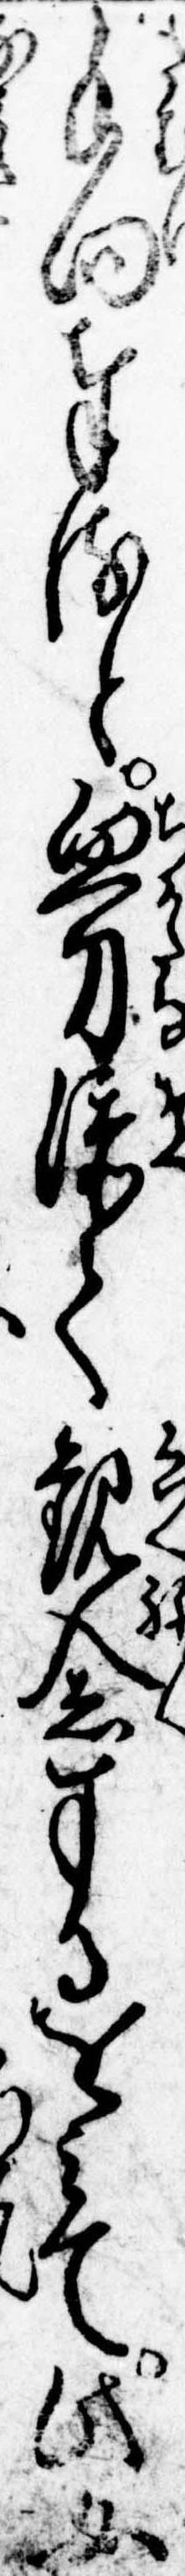
手向奉ると血刀添て観念するをみて此女